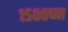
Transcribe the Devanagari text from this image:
१५००च्या